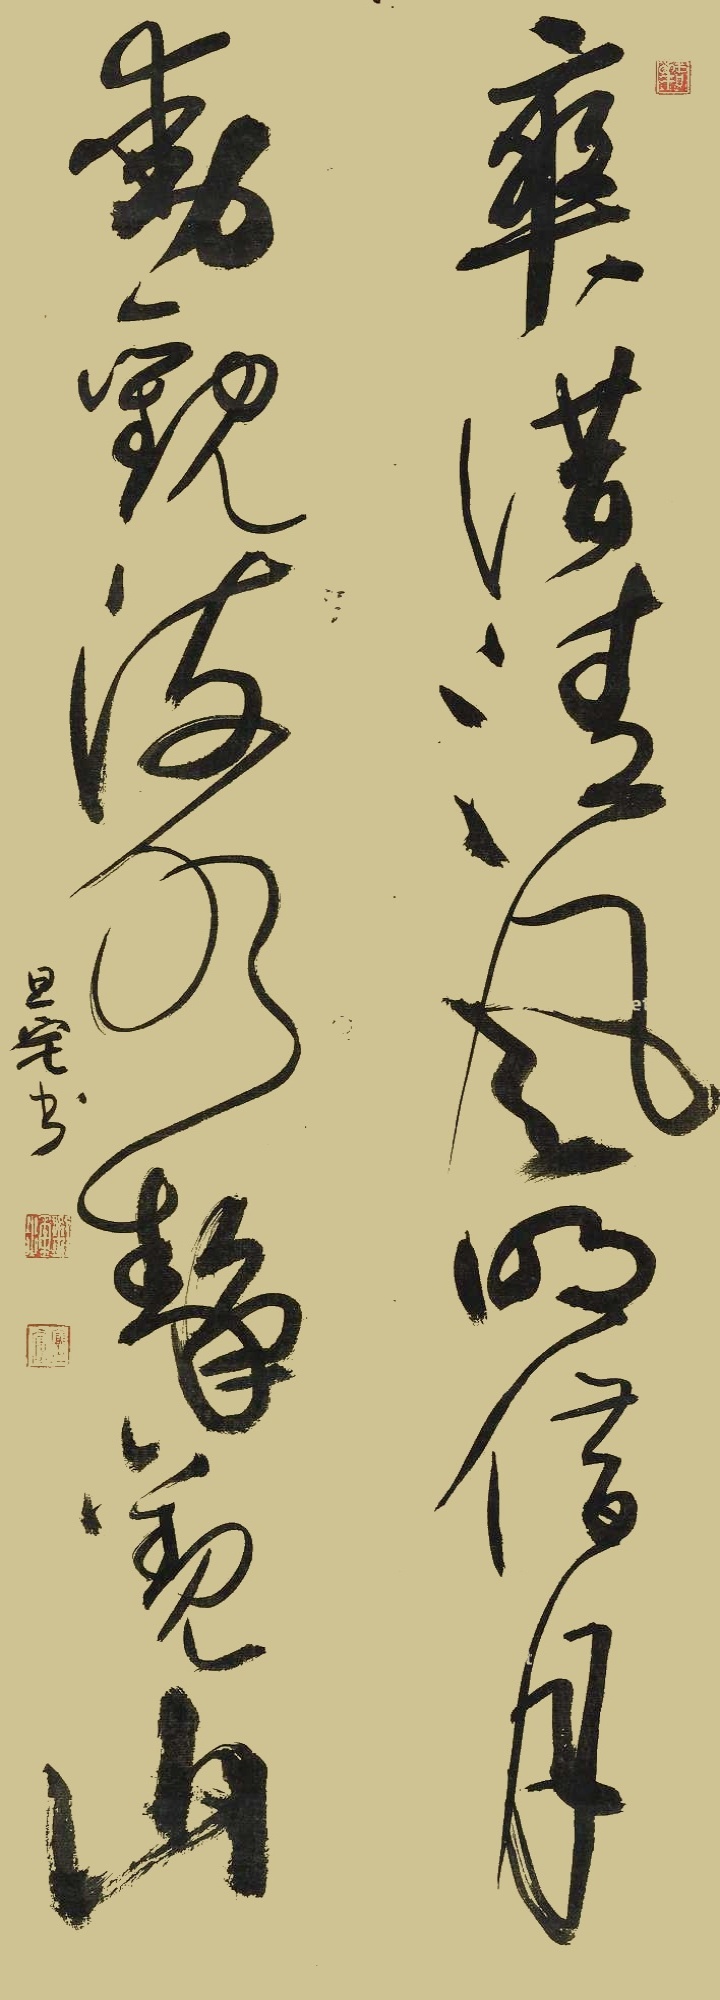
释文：爽借清风明借月，动观海水静观山。旦宅书。